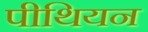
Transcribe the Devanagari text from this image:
पीथियन